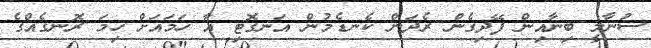
ސުނާމީ ބިނާއިން ފޭދިގެން ރެދަން ކެނޑެމުން އަނގޮޓި އާ ހަމައަށް ހިމަ ރޮނގެއްގެ